Investigations on Bengal jail dietaries - Number 37
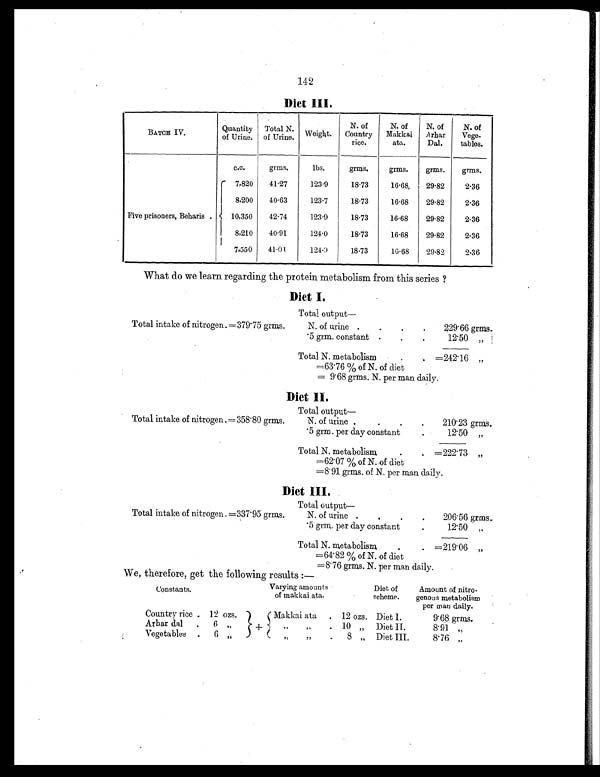
142
Diet III.
BATCH IV.
Quantity
of Urine.
Total N.
of Urine. Weight.
N. of
Country
rice.
N. of
Makkai
ata.
N. of
Arhar
Dal.
N. of
Vege-
tables.
c.c.
grms.
lbs.
grms.
grms.
grms.
grms.
Five prisoners, Beharis .
7,820
41.27
123.9
18.73
16.68
29.82
2.36
8,200
40.63
123.7
18.73
16.68
29.82
2.36
10,350
42.74
123.9
18.73
16.68
29.82
2.36
8,210
40.91
124.0
18.73
16.68
29.82
2.36
7,550
41.01
124.0
18.73
16.68
29.82
2.36
What do we learn regarding the protein metabolism from this series ?
Diet I.
Total output—
Total intake of nitrogen. =379.75 grms.
N. of urine
.
.
. .
229.66 grms.
.5 grm. constant .
.
.
12.50
„
Total N. metabolism
. . =242.16 „
=63.76 % of N. of diet
= 9.68 grms. N. per man daily.
Diet II.
Total output—
Total intake of nitrogen.=358.80 grms.
N. of urine .
.
.
.
210.23 grms.
.5 grm. per day constant
.
12.50 „
Total N. metabolism
.
. =222.73
„
=62.07 % of N. of diet
=8.91 grms. of N. per man daily.
Diet III.
Total output—
Total intake of nitrogen.=337.95 grms.
N. of urine
. .
.
.
206.56 grms.
.5 grm. per day constant
.
1 2 . 5 0 . „
Total N. metabolism
. . =219.06 „
=64.82 % of N. of diet
=8.76 grms. N. per man daily.
We, therefore, get the following results:—
Constants.
Varying amounts
of makkai ata.
Diet of
scheme.
Amount of nitro-
genous metabolism
per man daily.
Country rice . 12 ozs.
+
Makkai ata . 12 ozs. Diet I.
9.68 grms.
Arbar dal . 6
„
„ „
. 10 „ Diet II.
8.91 „
Vegetables . 6
„
„ „
. 8 „ Diet III.
8.76 „